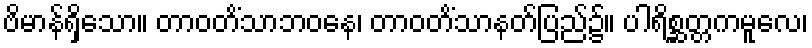
ဗိမာန်ရှိသော။ တာဝတိံသာဘဝနေ၊ တာဝတိံသာနတ်ပြည်၌။ ပါရိစ္ဆတ္တကမူလေ၊